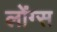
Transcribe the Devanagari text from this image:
लोंग्स